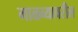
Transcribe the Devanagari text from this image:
माळव्यावरील